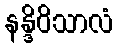
နန္ဒိဝိသာလံ